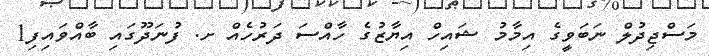
މަސްޖިދުލް ނަބަވީގެ އިމާމު ޝައިހް އިޔާޒުގެ ހާއްސަ ދަރުހެއް ށ. ފުނަދޫގައި ބާއްވައިފި1